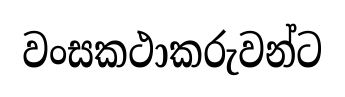
වංසකථාකරුවන්ට